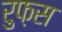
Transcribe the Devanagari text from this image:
रुफ़स